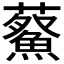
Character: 𮒿